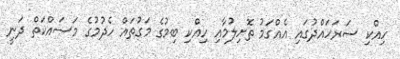
ހިއްކި ސަރަހައްދުގައި އެއްގަމު ތޮށިލުމާއި ހިއްކި ބިމުގެ މަގުތައް ހެދުމުގެ މަސައްކަތް ދަނީ